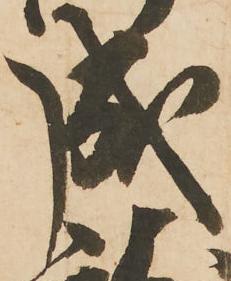
成